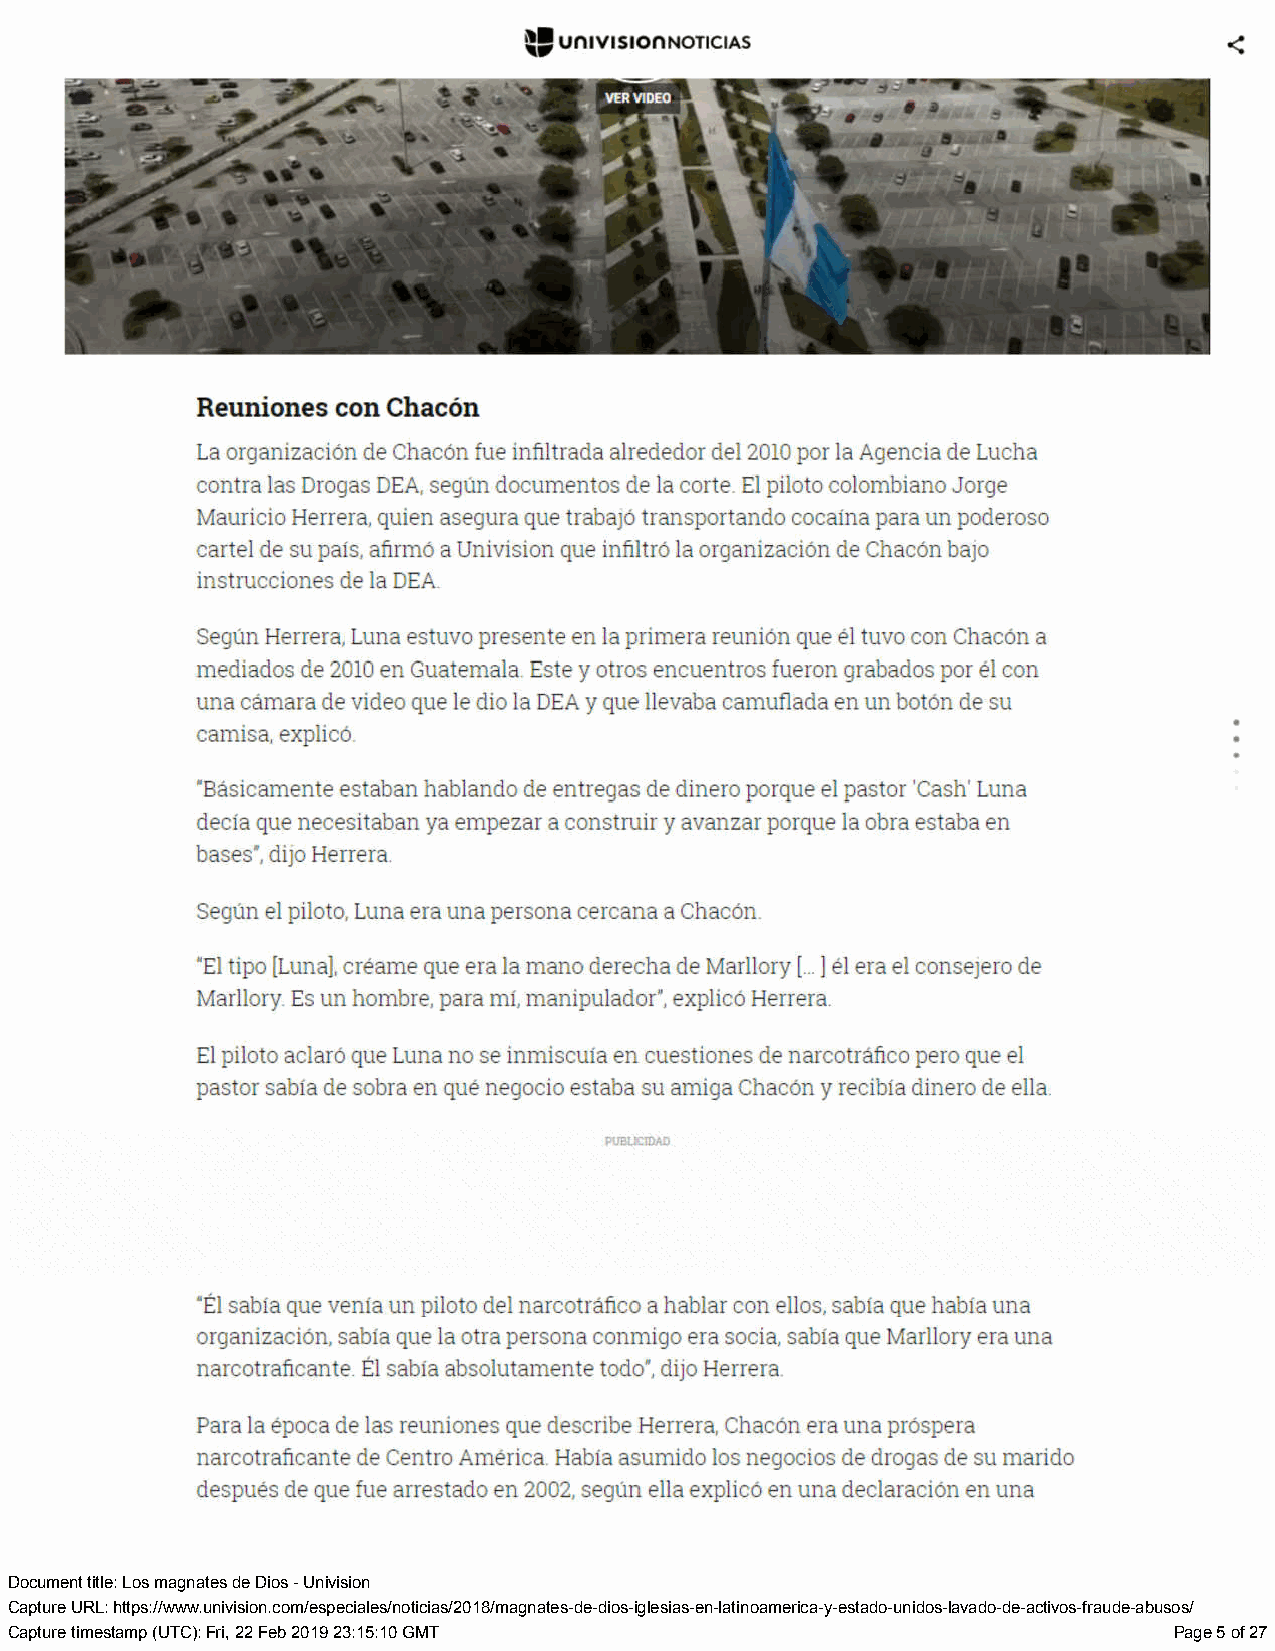
Document title: Los magnates de Dios - Univision
 Capture URL: https://www.univision.com/especiales/noticias/2018/magnates-de-dios-iglesias-en-latinoamerica-y-estado-unidos-lavado-de-activos-fraude-abusos/
 Capture timestamp (UTC): Fri, 22 Feb 2019 23:15:10 GMT                        Page 5 of 27